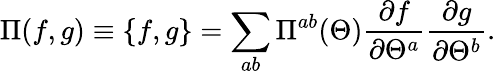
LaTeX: \Pi(f,g)\equiv\{ f,g\} =\sum_{ab}\Pi^{ab}(\Theta)\frac{\partial f}{\partial\Theta^{a}}\frac{\partial g}{\partial\Theta^{b}}.